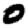
Digit: 0